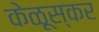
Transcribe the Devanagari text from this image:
केळूस्कर